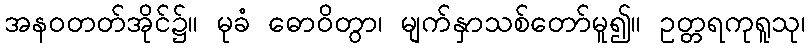
အနဝတတ်အိုင်၌။ မုခံ ဓောဝိတွာ၊ မျက်နှာသစ်တော်မူ၍။ ဥတ္တရကုရူသု၊